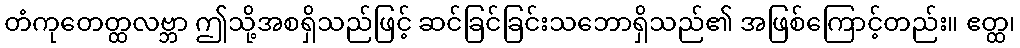
တံကုတေတ္ထလဗ္ဘာ ဤသို့အစရှိသည်ဖြင့် ဆင်ခြင်ခြင်းသဘောရှိသည်၏ အဖြစ်ကြောင့်တည်း။ ဧတ္ထ၊